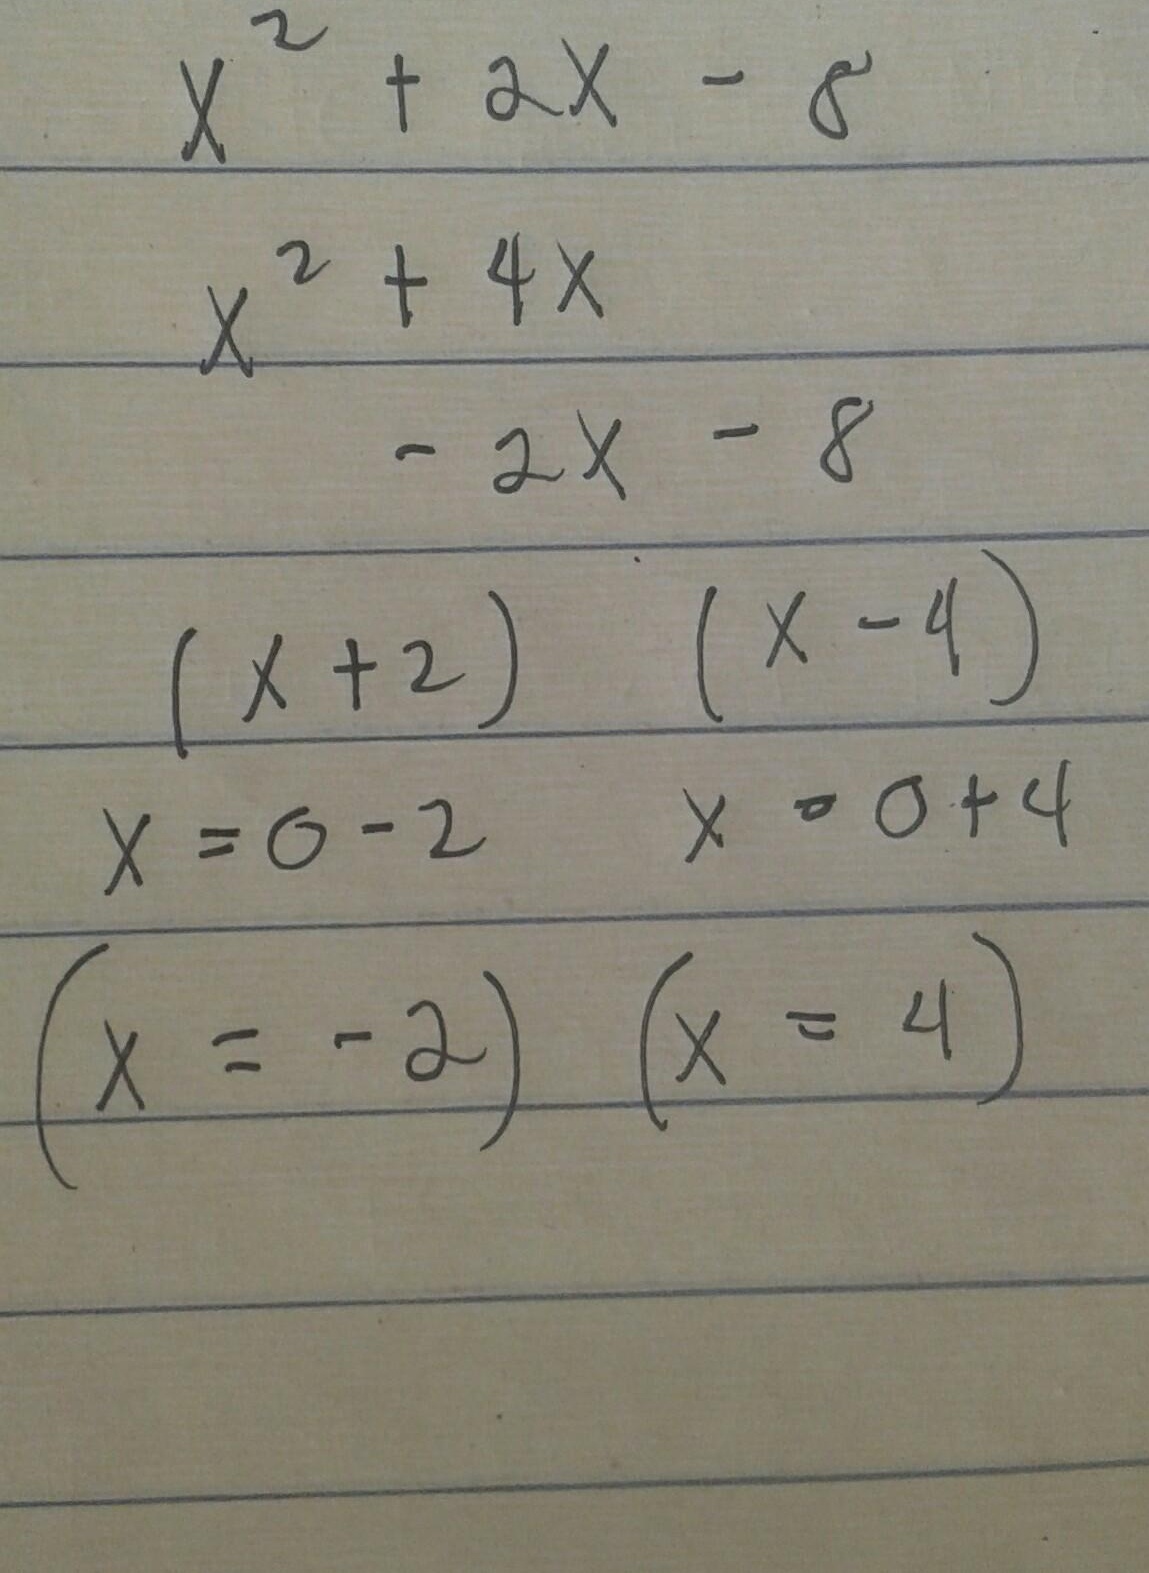
\begin{align*}
&x^{2}+2x - 8\\
&x^{2}+4x\\
&-2x - 8\\
&(x + 2)(x - 4)\\
&x=0 - 2\quad x=0 + 4\\
&(x=-2)\quad(x = 4)
\end{align*}